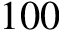
1 0 0